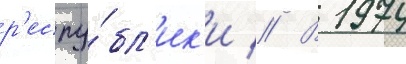
р'еспу́бл'ик'и // В 1974